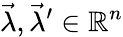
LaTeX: {\vec{\lambda}},{\vec{\lambda}}^{\prime}\in\mathbb{R}^{n}